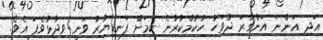
އަދި އަންނަ އަންގާރަ ދުވަހު ހުކުމްކުރާނެ ކަމަށް ފަނޑިޔާރު ވަނީ ވިދާޅުވެފަ އެވެ.